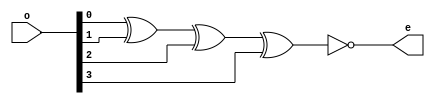
`timescale 1ns / 1ps
//////////////////////////////////////////////////////////////////////////////////
// Company: 
// Engineer: 
// 
// Design Name: 
// Module Name:    D4b_odd_pc 
// Project Name: 
// Target Devices: 
// Tool versions: 
// Description: 
//
// Dependencies: 
//
// Revision: 
// Revision 0.01 - File Created
// Additional Comments: 
//
//////////////////////////////////////////////////////////////////////////////////
module D4b_odd_pc(e,o);
input [3:0]o;
output wire e;
assign e=~(o[0]^o[1]^o[2]^o[3]);
endmodule